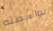
بواسطته